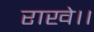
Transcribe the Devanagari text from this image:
राखे।।